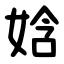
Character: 娢